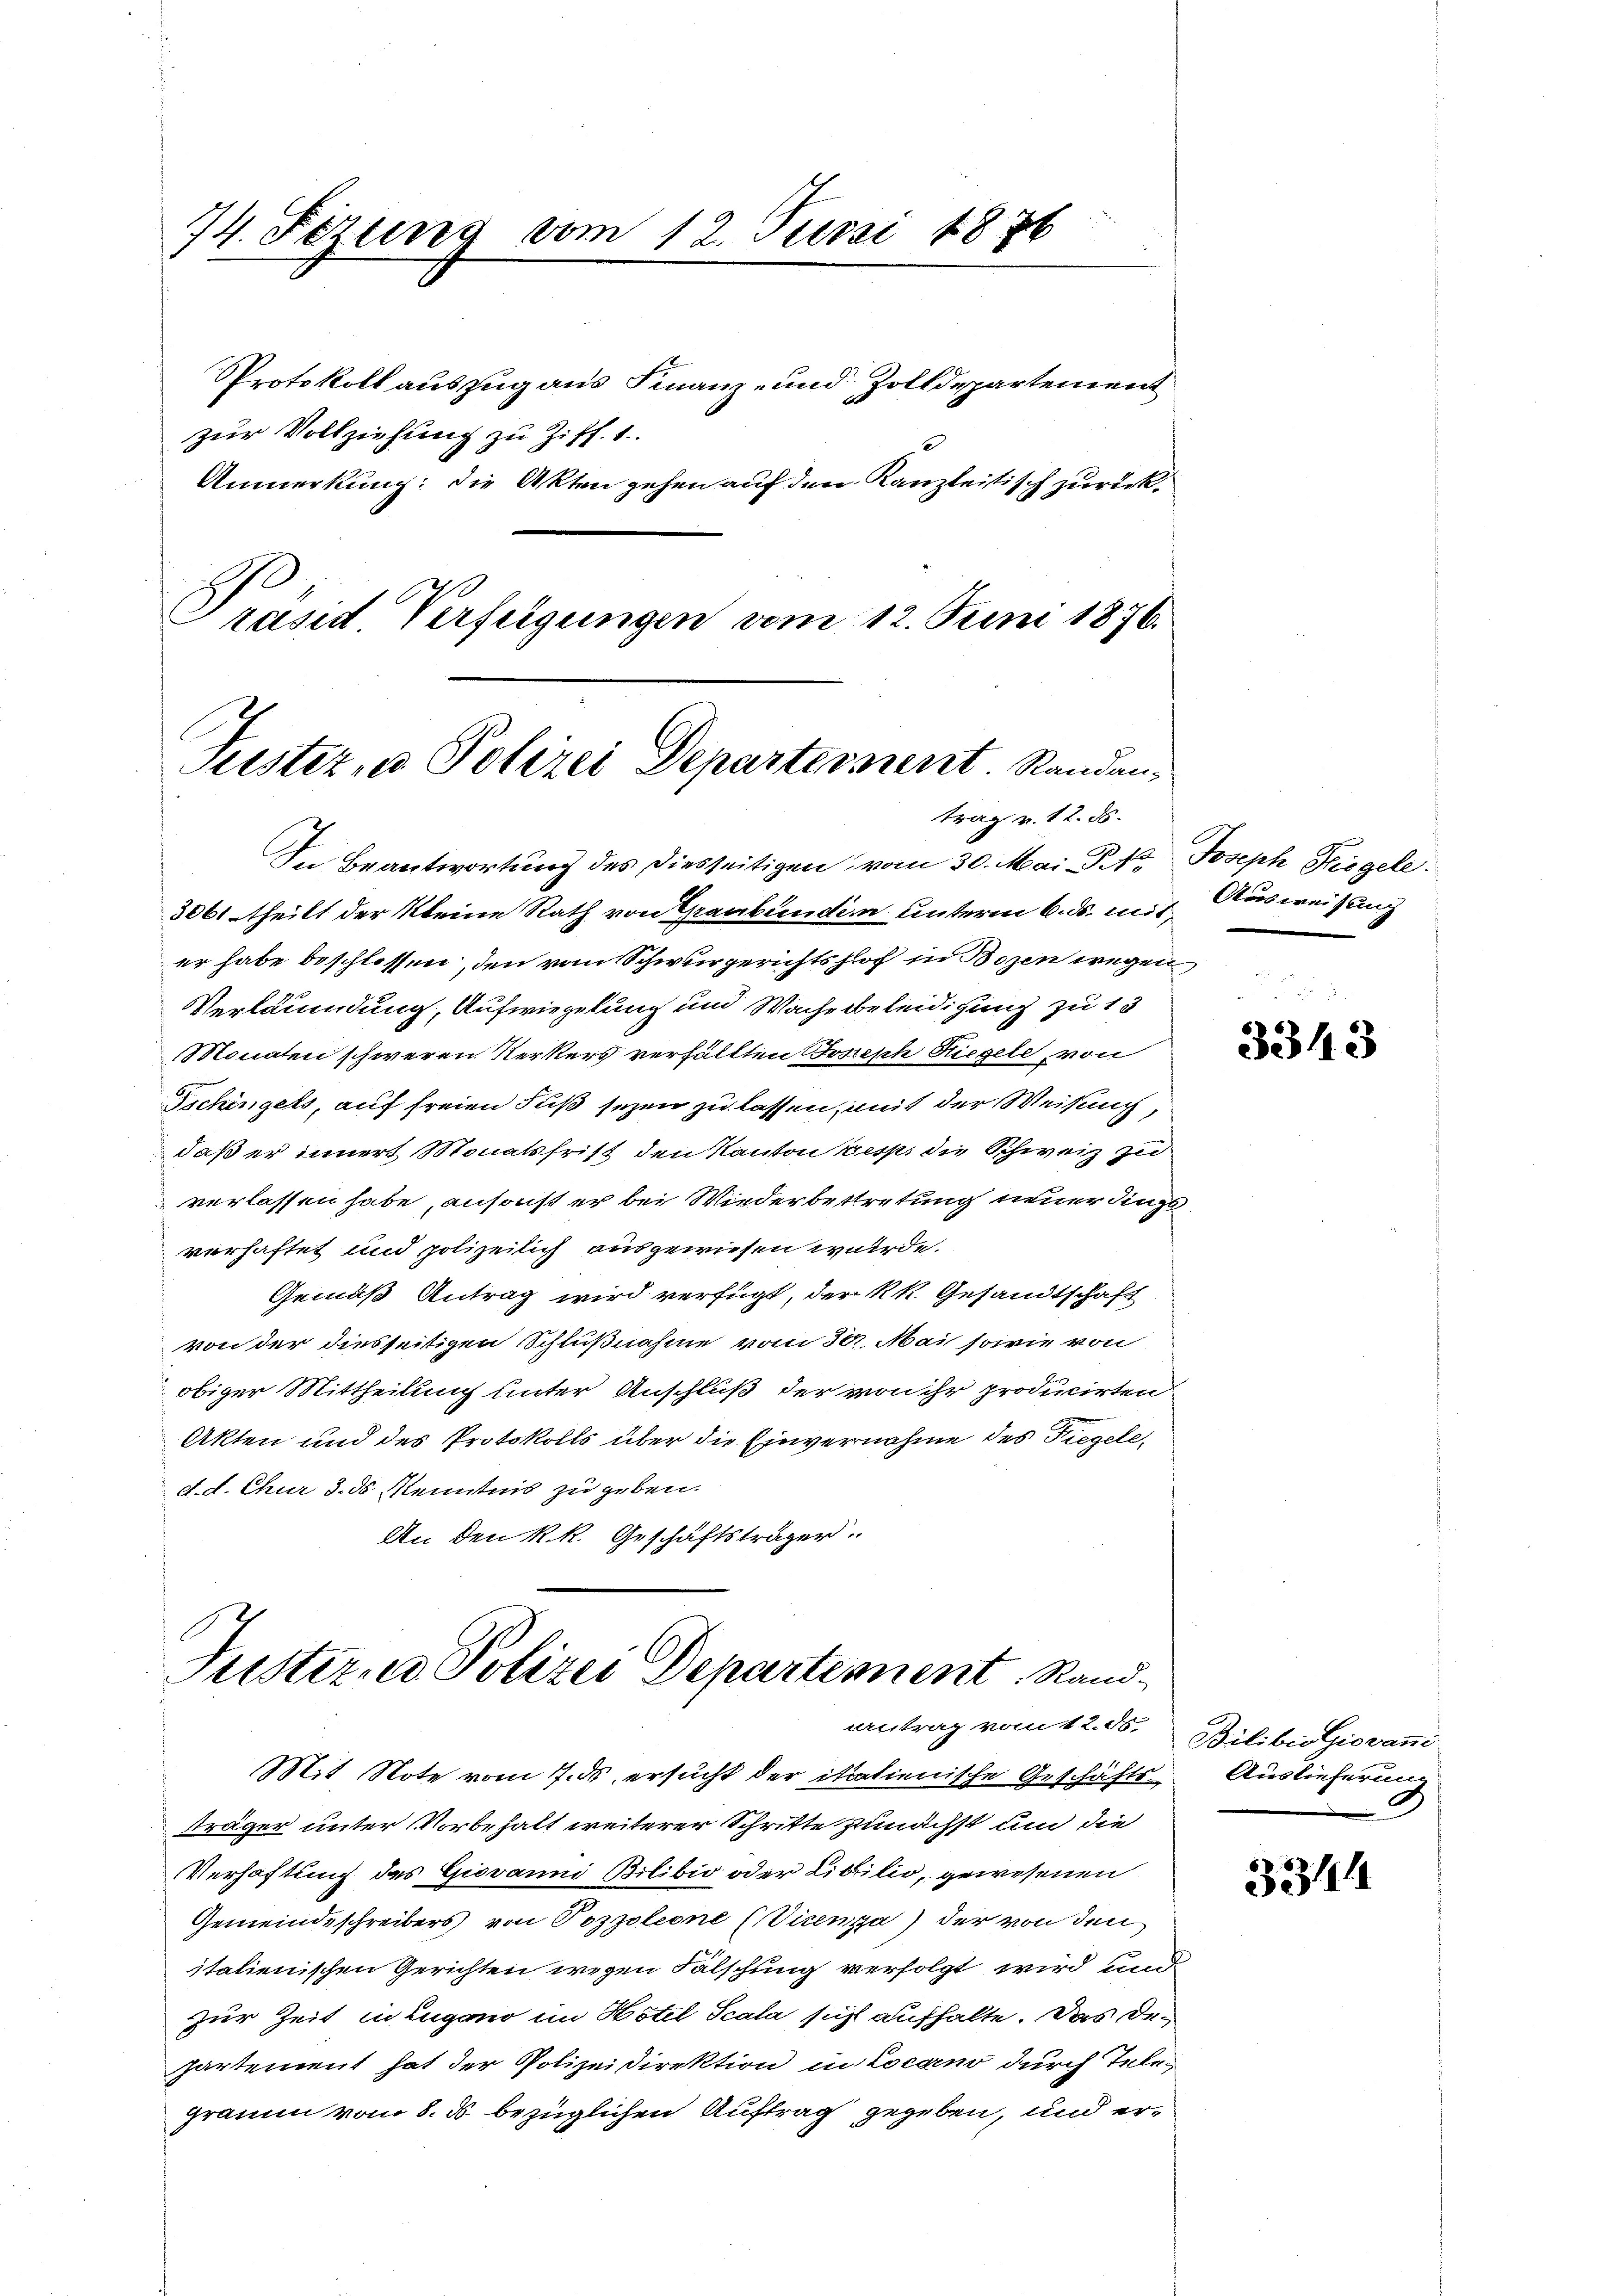
74. Fezung vom 12. Juni 1876

Protokoll auszug aus Finanz- und Zolldepartement
zur Vollziehung zu Ziff. 1.
Anmerkung: die Akten gehen auf den Kanzleistisch zurück.
Präsid. Verfügungen vom 12. Juni 1876.

E
Justiz, u. Polizei Departement. Randantrag v. 12. ds.

Tuster- u Polizei Departement Randantrag vom 12. ds. Bilibio Giovan

In Beantwortung des diesseitigen vom 30. Mai St. Joseph Siegele
3061 theilt der kleine Rath von Graubünden unterm 6. ds. mit Ausweisung
er habe beschlossen, den vom Schwurgerichtshof in Bozen wegen
Verläumdung, Aufwiegelung und Wacherbeleidigung zu 13
Monaten schweren Kerkers verfällten Joseph Riegele, von
Tschingels, auf freien Fuß sezen zu lassen, mit der Weisung,
daß er innert Monatsfrist den Kanton resp. die Schweiz zu
verlassen habe, ansonst er bei Wiederbettretung neuer dings
verhaftet und polizeilich ausgewiesen wurde.
Gemäß Antrag wird verfügt, der kk. Gesandtschaft
von der diesseitigen Schlußnahme vom 30. Mai sowie von
obiger Mittheilung unter Anschluß der von ihr producirten
Akten und des Protokolls über die Einvernahme des Tiegele
d. d. Chur d. ds Kenntnis zu geben.
An den R. k. Geschäftsträger.

Mit Note vom 7. ds. ersucht der itationische Geschäftsträger unter Vorbehalt weiterer Schritte zunächst um die
Verhaftung des Giovanni Bilibio oder Libilio, gewesenen
Gemeindeschreibers von Poppoleone (Vicenza der von den
italienischen Gerichten wegen Fälschung verfolgt wird und
zur Zeit in Lugano im Hotel Scala sich aufhalte. Das Departement hat der Polizeidirektion in Locarno durch Telegraum vom 8. ds. bezüglichen Auftrag gegeben, und er¬

3343

Auslieferung

3311